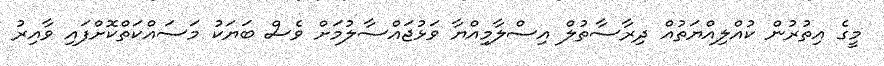
މީގެ އިތުރުން ކުއްލިއްޔަތުއް ދިރާސާތުލް އިސްލާމިއްޔާ ވަޅުޖައްސާލުމަށް ވެސް ބަޔަކު މަސައްކަތްކޮށްފައި ވާއިރު